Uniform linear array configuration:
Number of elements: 64
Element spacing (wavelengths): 0.75
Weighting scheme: binomial
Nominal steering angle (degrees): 15
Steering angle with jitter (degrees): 14.601
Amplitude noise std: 0.05
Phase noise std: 0.05

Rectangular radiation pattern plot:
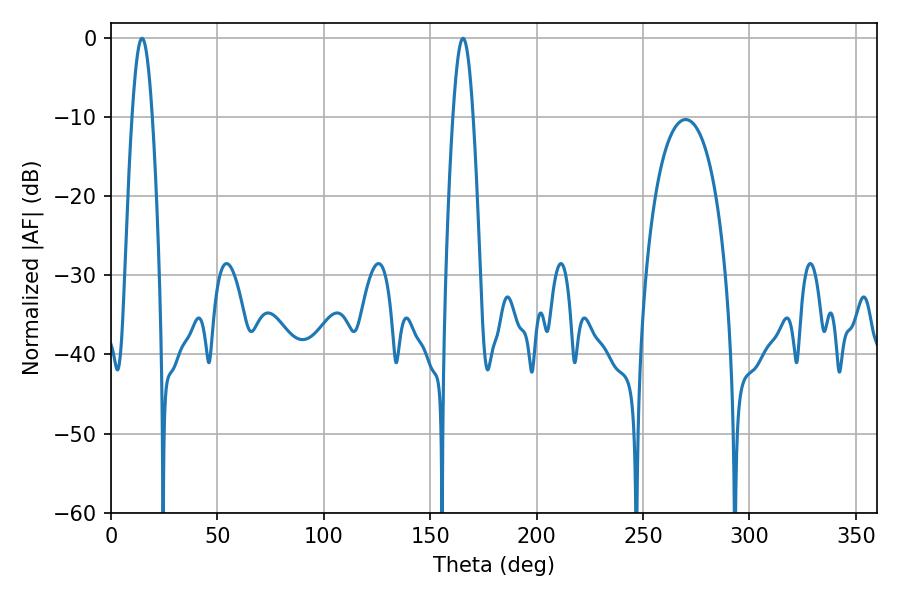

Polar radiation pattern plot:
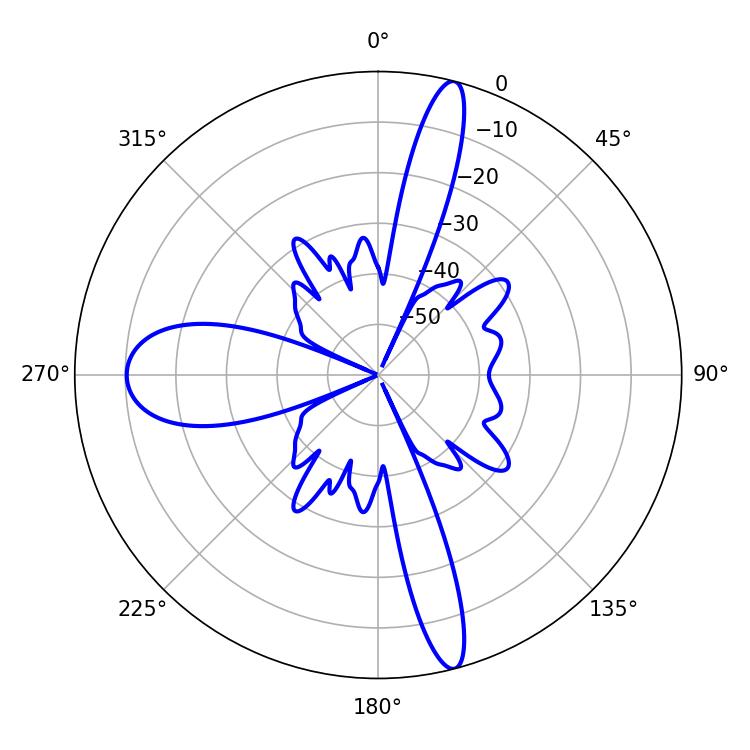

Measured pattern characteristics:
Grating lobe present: TRUE
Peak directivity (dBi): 19.731
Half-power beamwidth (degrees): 5.04
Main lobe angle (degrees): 14.58